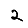
Digit: 2